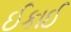
ઈકાઈ